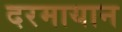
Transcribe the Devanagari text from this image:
दरमायान